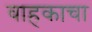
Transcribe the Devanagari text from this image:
वाहकाचा